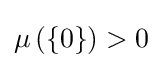
\mu \left(\left\{0\right\}\right)>0